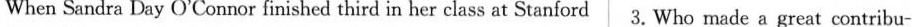
When Sandra Day O'Connor finished third in her class at Stanford 3. Who made a great contribu-